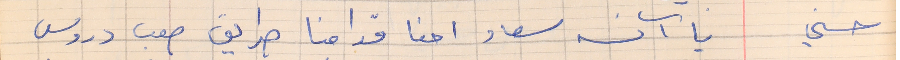
حسني      يا آنسه سعاد احنا قدامنا طريق صعب دروس